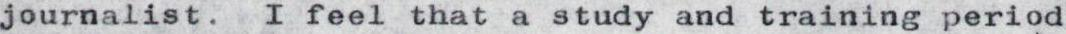
journalist. I feel that a study and training period